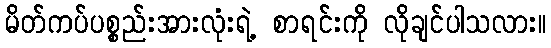
မိတ်ကပ်ပစ္စည်းအားလုံးရဲ့ စာရင်းကို လိုချင်ပါသလား။